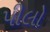
પીલો